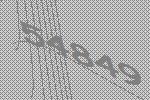
54849